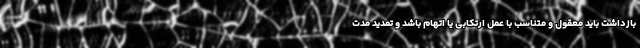
بازداشت باید معقول و متناسب با عمل ارتکابی یا اتهام باشد و تمدید مدت